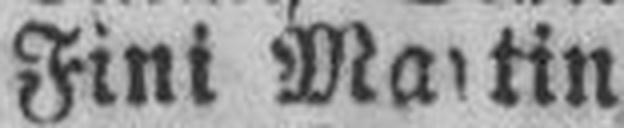
Fini Martin